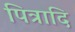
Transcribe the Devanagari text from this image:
पित्रादि